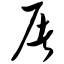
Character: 屠